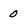
Character: 0